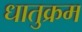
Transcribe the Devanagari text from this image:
धातुक्रम